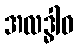
အလဒ္ဓါဝ